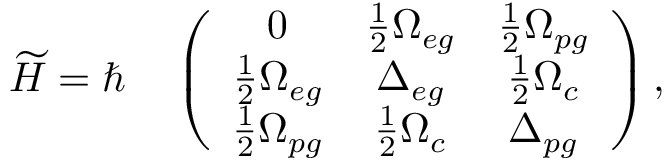
\widetilde { H } = \hbar \quad \left( \begin{array} { c c c } { 0 } & { \frac { 1 } { 2 } \Omega _ { e g } } & { \frac { 1 } { 2 } \Omega _ { p g } } \\ { \frac { 1 } { 2 } \Omega _ { e g } } & { \Delta _ { e g } } & { \frac { 1 } { 2 } \Omega _ { c } } \\ { \frac { 1 } { 2 } \Omega _ { p g } } & { \frac { 1 } { 2 } \Omega _ { c } } & { \Delta _ { p g } } \end{array} \right) ,